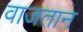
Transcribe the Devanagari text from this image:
वाजतान